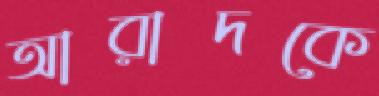
আরাদকে